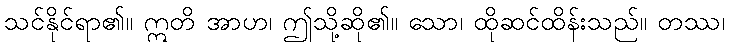
သင်နိုင်ရာ၏။ ဣတိ အာဟ၊ ဤသို့ဆို၏။ သော၊ ထိုဆင်ထိန်းသည်။ တဿ၊